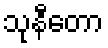
သုနီတော